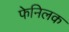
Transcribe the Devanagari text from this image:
फेनिलक